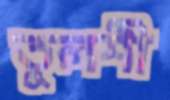
তুলশী